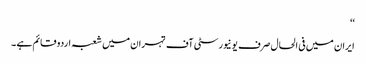
‘‘
ایران میں فی الحال صرف یو نیورسٹی آف تہران میں شعبہ اردو قائم ہے ۔